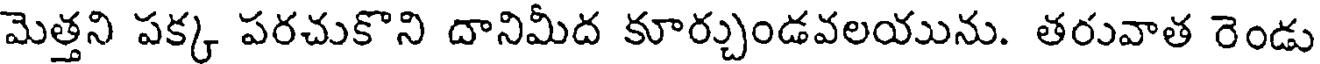
మెత్తని పక్క పరచుకొని దానిమీద కూర్చుండవలయును. తరువాత రెండు